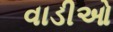
વાડીઓ